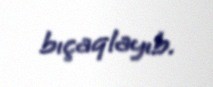
bıçaqlayıb.